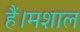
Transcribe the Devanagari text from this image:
हैं।मशाल